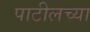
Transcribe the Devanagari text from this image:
पाटीलच्या